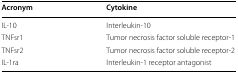
<table><thead><tr><td><b>Acronym</b></td><td><b>Cytokine</b></td></tr></thead><tbody><tr><td>IL-10</td><td>Interleukin-10</td></tr><tr><td>TNFsr1</td><td>Tumor necrosis factor soluble receptor-1</td></tr><tr><td>TNFsr2</td><td>Tumor necrosis factor soluble receptor-2</td></tr><tr><td>IL-1ra</td><td>Interleukin-1 receptor antagonist</td></tr></tbody></table>